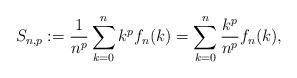
LaTeX: \begin{align*} S_{n,p} := \frac{1}{n^p} \sum\limits_{k=0}^n k^p f_n(k) = \sum\limits_{k=0}^n \frac{k^p}{n^p} f_n(k),\end{align*}